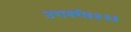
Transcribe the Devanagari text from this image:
उरावरी॥४३॥